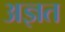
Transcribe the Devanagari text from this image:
अज्ञत